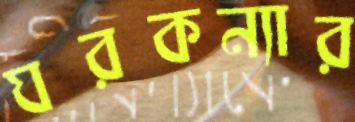
ঘরকন্যার